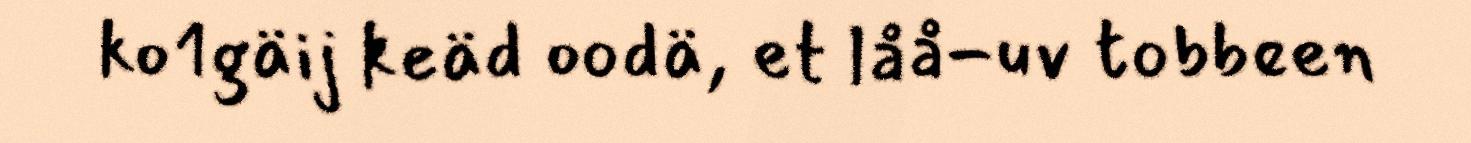
ko1gäij keäd oodä, et låå-uv tobbeen